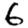
Digit: 6